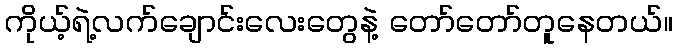
ကိုယ့်ရဲ့လက်ချောင်းလေးတွေနဲ့ တော်တော်တူနေတယ်။